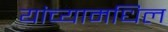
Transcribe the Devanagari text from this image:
यांच्यामधिल